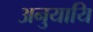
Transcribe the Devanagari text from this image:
अनुयायि